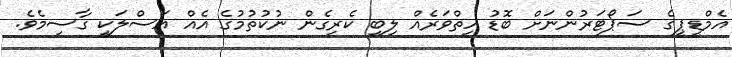
އެމްޑީޕީގެ ސަޕޯޓަރުންނަށް ބޮޑު ހިތްވަރެއް ލިބި ކެރިގެން ނުކުތުމުގެ އެއް އަސްލަކީ ގާސިމެވެ.